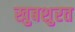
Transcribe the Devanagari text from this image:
खुबशुरत